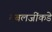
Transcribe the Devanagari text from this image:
तबलजींकडे